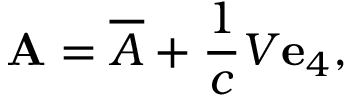
\mathbf { A } = { \overline { { A } } } + { \frac { 1 } { c } } V \mathbf { e } _ { 4 } ,